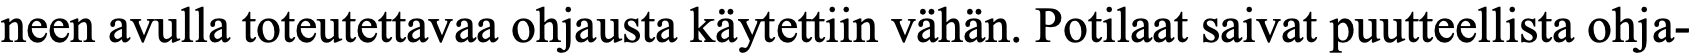
neen avulla toteutettavaa ohjausta käytettiin vähän. Potilaat saivat puutteellista ohja-